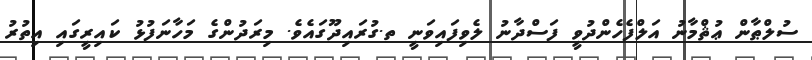
ސުލްޠާން ޢުޘްމާނު އަލްފެހެންދުވީ ފަސްދާނު ލެވިފައިވަނީ ތ.ގުރައިދޫގައެވެ. މިރަދުންގެ މަހާނަފުޅު ކައިރީގައި އިތުރު